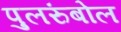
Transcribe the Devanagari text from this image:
पुलरुंबोल